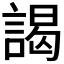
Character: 謁